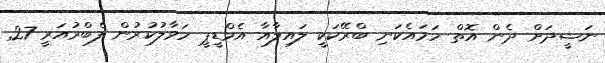
ނަޝީދަށް ދެން އޮތް ހަމައެކަނި ބްރޭކަކީ ލައިލާއާ އެމްޑީޕީ ހަވާލުކުރުން ފެބްރުއަރީ 27